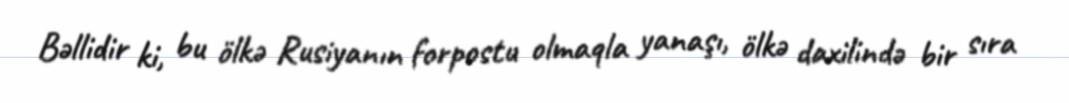
Bəllidir ki, bu ölkə Rusiyanın forpostu olmaqla yanaşı, ölkə daxilində bir sıra